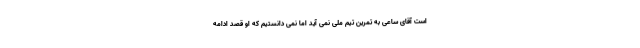
است آقای ساعی به تمرین تیم ملی نمی آید اما نمی دانستیم که او قصد ادامه